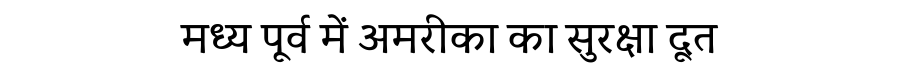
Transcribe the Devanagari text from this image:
मध्य पूर्व में अमरीका का सुरक्षा दूत